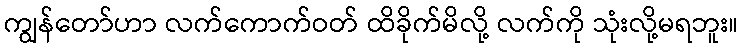
ကျွန်တော်ဟာ လက်ကောက်ဝတ် ထိခိုက်မိလို့ လက်ကို သုံးလို့မရဘူး။